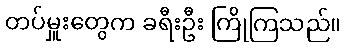
တပ်မှူးတွေက ခရီးဦး ကြိုကြသည်။